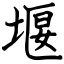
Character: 堰